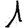
Digit: 1